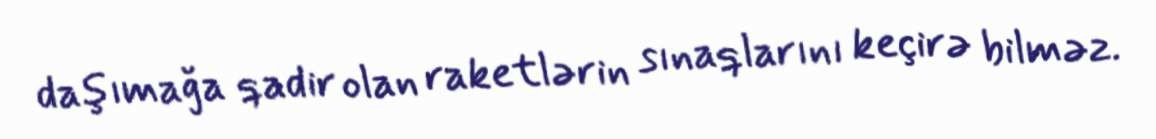
daşımağa qadir olan raketlərin sınaqlarını keçirə bilməz.